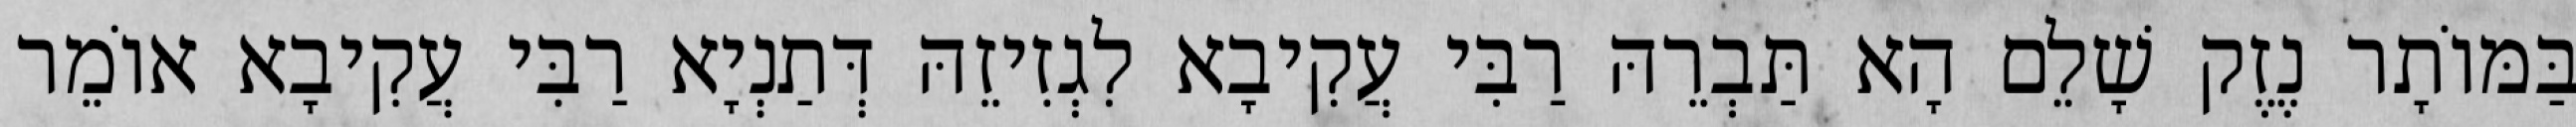
בַּמּוֹתָר נֶזֶק שָׁלֵם הָא תַּבְרֵהּ רַבִּי עֲקִיבָא לִגְזִיזֵהּ דְּתַנְיָא רַבִּי עֲקִיבָא אוֹמֵר